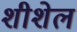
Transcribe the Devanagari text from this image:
शीशेल